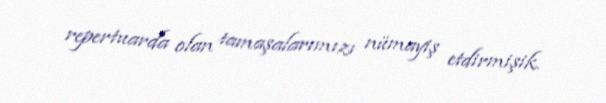
repertuarda olan tamaşalarımızı nümayiş etdirmişik.